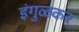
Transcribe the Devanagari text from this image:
इंगुळकर